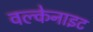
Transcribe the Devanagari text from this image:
वल्केनाइट